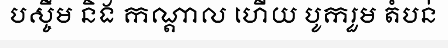
បស្ចឹម និង កណ្តាល ហើយ បូករួម តំបន់